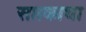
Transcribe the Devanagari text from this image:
सप्तकाचा